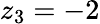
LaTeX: z_{3}=-2